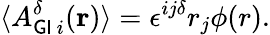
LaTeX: {\langle}A_{{\sf GI}\, i}^{\delta}({\mathbf{r}})\rangle={\epsilon}^{ij{\delta}}r_{j}{\phi}(r).